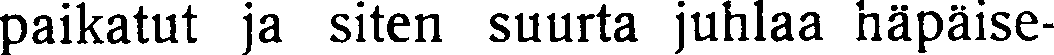
paikatut ja siten suurta juhlaa häpäise-